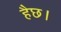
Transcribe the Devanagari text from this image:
हैछ।